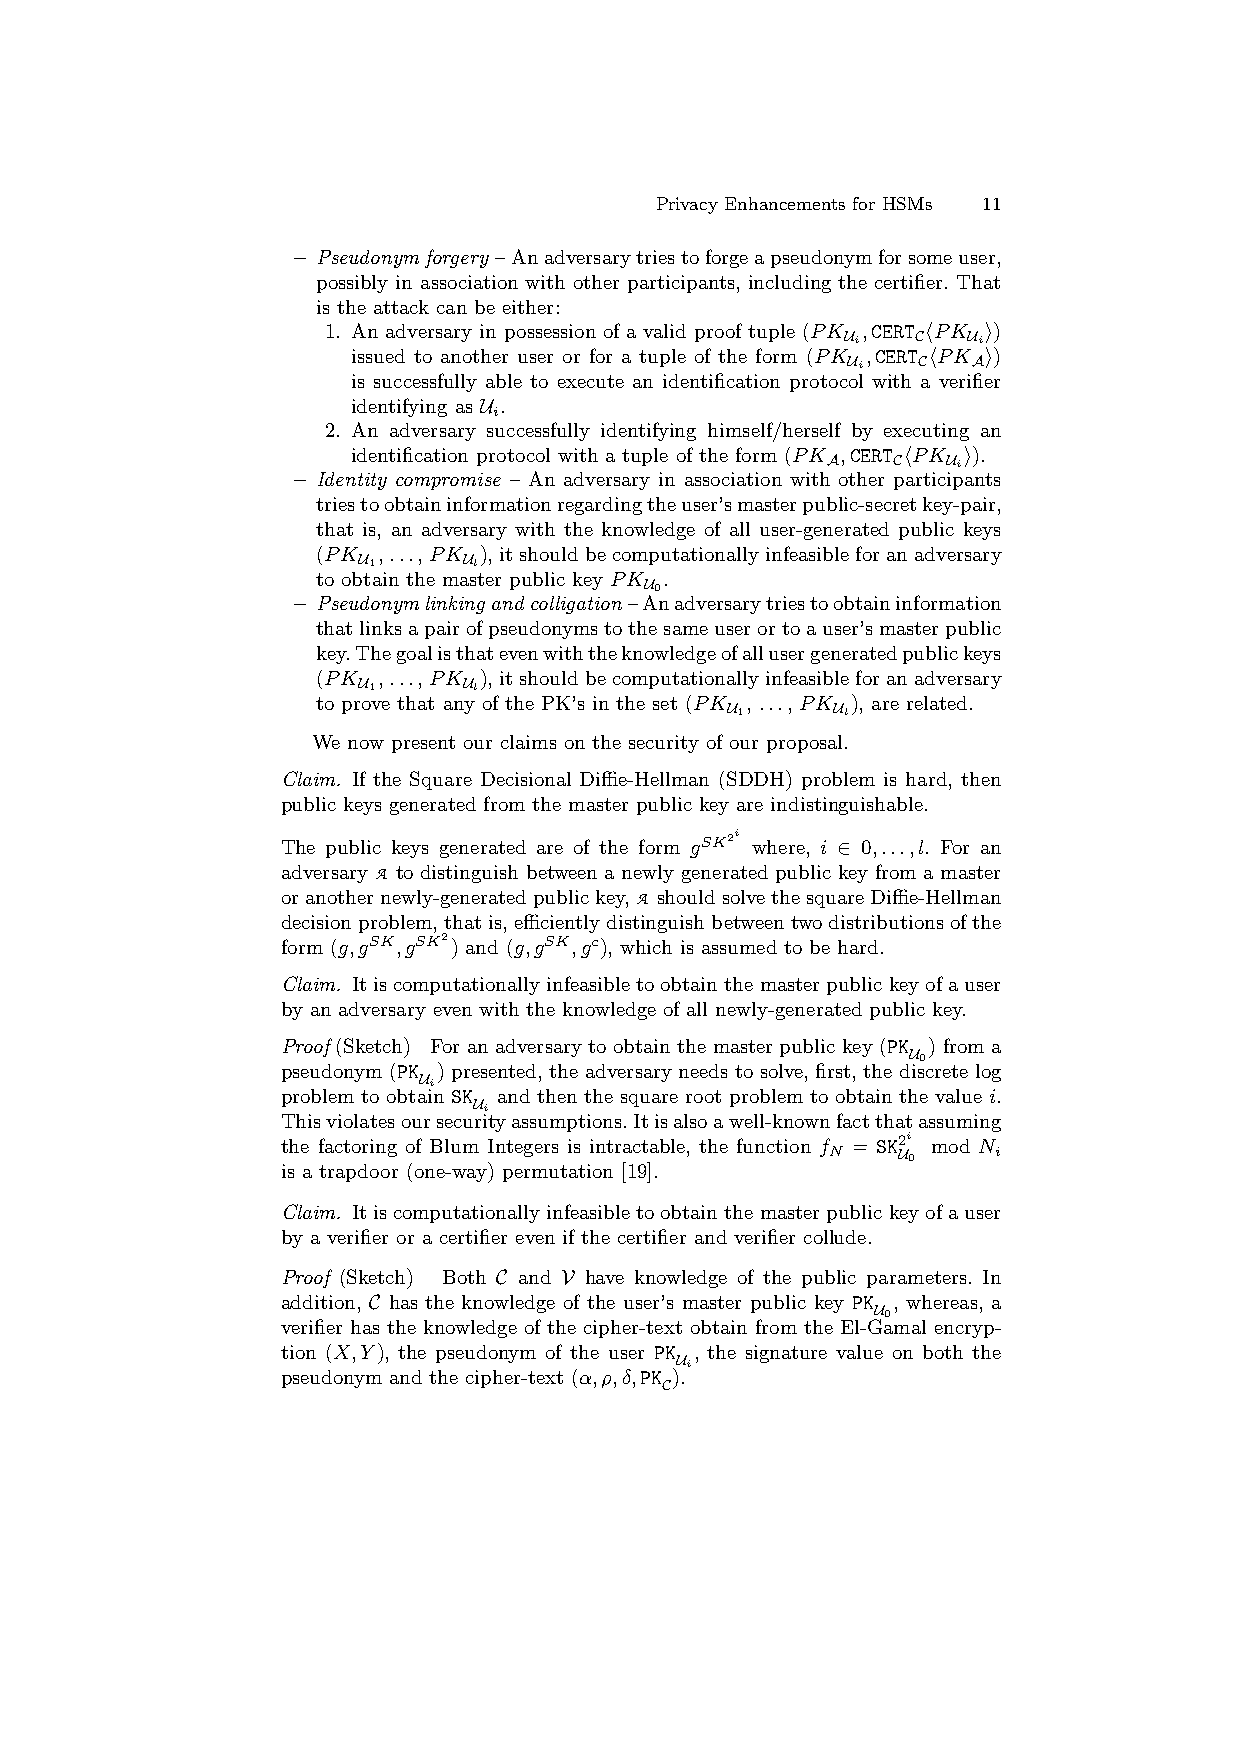
Privacy Enhancements for HSMs 11
 – Pseudonymforgery –Anadversarytriestoforgeapseudonymforsomeuser,
 possibly in association with other participants, including the certifier. That
 is the attack can be either:
 1. An adversary in possession of a valid proof tuple (PK ,CERT hPK i)
 Ui   C  Ui
 issued to another user or for a tuple of the form (PK ,CERT hPK i)
 Ui   C  A
 is successfully able to execute an identification protocol with a verifier
 identifying as U .
 i
 2. An adversary successfully identifying himself/herself by executing an
 identification protocol with a tuple of the form (PK ,CERT hPK i).
 A   C   Ui
 – Identity compromise – An adversary in association with other participants
 triestoobtaininformationregardingtheuser’smasterpublic-secretkey-pair,
 that is, an adversary with the knowledge of all user-generated public keys
 (PK ,...,PK ),itshouldbecomputationallyinfeasibleforanadversary
 U1     Ul
 to obtain the master public key PK .
 U0
 – Pseudonymlinkingandcolligation–Anadversarytriestoobtaininformation
 thatlinksapairofpseudonymstothesameuserortoauser’smasterpublic
 key.Thegoalisthatevenwiththeknowledgeofallusergeneratedpublickeys
 (PK ,...,PK ),itshouldbecomputationallyinfeasibleforanadversary
 U1     Ul
 to prove that any of the PK’s in the set (PK , ..., PK ), are related.
 U1     Ul
 We now present our claims on the security of our proposal.
 Claim. If the Square Decisional Diffie-Hellman (SDDH) problem is hard, then
 public keys generated from the master public key are indistinguishable.
 The public keys generated are of the form
 gSK2i
 where, i ∈ 0,...,l. For an
 adversary A to distinguish between a newly generated public key from a master
 oranothernewly-generatedpublickey,A shouldsolvethesquareDiffie-Hellman
 decisionproblem,thatis,efficientlydistinguishbetweentwodistributionsofthe
 form (g,gSK,gSK2 ) and (g,gSK,gc), which is assumed to be hard.
 Claim. Itiscomputationallyinfeasibletoobtainthemasterpublickeyofauser
 by an adversary even with the knowledge of all newly-generated public key.
 Proof (Sketch) For an adversary to obtain the master public key (PK ) from a
 U0
 pseudonym (PK ) presented, the adversary needs to solve, first, the discrete log
 problem to obtaU ii n SK and then the square root problem to obtain the value i.
 Ui
 Thisviolatesoursecurityassumptions.Itisalsoawell-knownfactthatassuming
 the factoring of Blum Integers is intractable, the function f = SK2i mod N
 N   U0     i
 is a trapdoor (one-way) permutation [19].
 Claim. Itiscomputationallyinfeasibletoobtainthemasterpublickeyofauser
 by a verifier or a certifier even if the certifier and verifier collude.
 Proof (Sketch) Both C and V have knowledge of the public parameters. In
 addition, C has the knowledge of the user’s master public key PK , whereas, a
 U0
 verifier has the knowledge of the cipher-text obtain from the El-Gamal encryp-
 tion (X,Y), the pseudonym of the user PK , the signature value on both the
 pseudonym and the cipher-text (α,ρ,δ,PK )U .i
 C